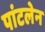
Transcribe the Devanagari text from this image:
पांटलेन